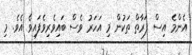
އެންމެ އިސް ފަރާތް ތަކުން މި އަހަރު ވެސް ބައިވެރިވެފައިވެ އެވެ. މި